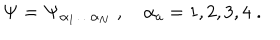
{ \bf \Psi } = { \bf \Psi } _ { \alpha _ { 1 } \ldots \alpha _ { N } } \; , \quad \alpha _ { a } = 1 , 2 , 3 , 4 \; .